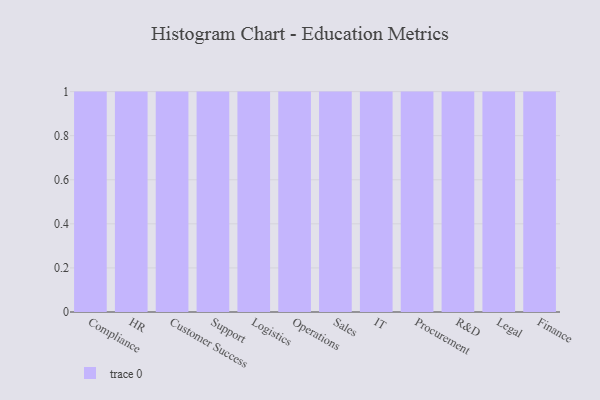
{"axis": {"x": "Department", "y": "Temperature (°C)"}, "legend": [""], "data": [{"x": "Compliance", "y": 24, "type": ""}, {"x": "HR", "y": 25, "type": ""}, {"x": "Customer Success", "y": 8, "type": ""}, {"x": "Support", "y": 28, "type": ""}, {"x": "Logistics", "y": 69, "type": ""}, {"x": "Operations", "y": 88, "type": ""}, {"x": "Sales", "y": 37, "type": ""}, {"x": "IT", "y": 46, "type": ""}, {"x": "Procurement", "y": 85, "type": ""}, {"x": "R&D", "y": 81, "type": ""}, {"x": "Legal", "y": 89, "type": ""}, {"x": "Finance", "y": 89, "type": ""}]}